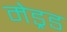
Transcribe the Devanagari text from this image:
मेड्रड